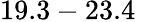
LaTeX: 19.3-23.4\, \